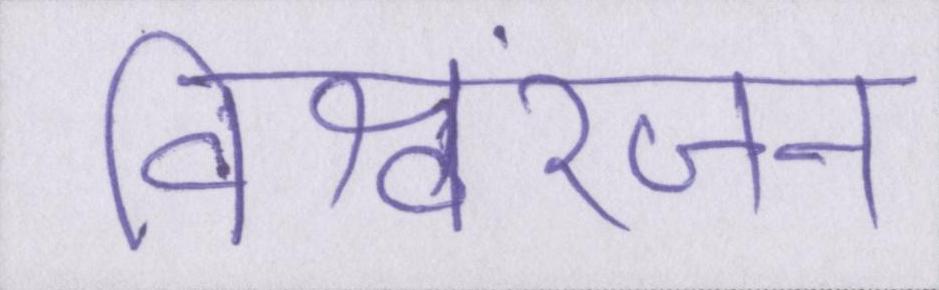
विश्वरंजन